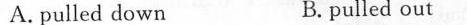
A.pulled down B.pulled out